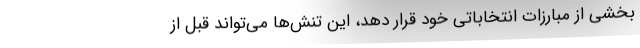
بخشی از مبارزات انتخاباتی خود قرار دهد، این تنش‌ها می‌تواند قبل از